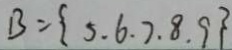
B = \{ 5 . 6 . 7 . 8 . 9 \}